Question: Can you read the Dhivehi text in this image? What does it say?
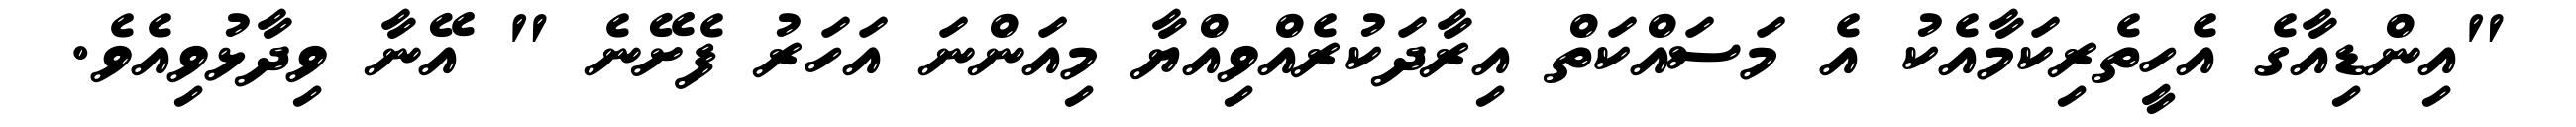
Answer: "އިންޑިއާގެ އެހީތެރިކަމާއެކު އެ މަސައްކަތް އިރާދަކުރެއްވިއްޔާ މިއަންނަ އަހަރު ފެށޭނެ " އޭނާ ވިދާޅުވިއެވެ.